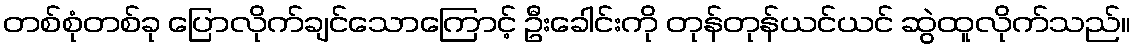
တစ်စုံတစ်ခု ပြောလိုက်ချင်သောကြောင့် ဦးခေါင်းကို တုန်တုန်ယင်ယင် ဆွဲထူလိုက်သည်။